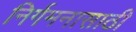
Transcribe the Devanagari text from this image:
निर्गमनासाठी